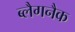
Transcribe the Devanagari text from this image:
ब्लैगनैक